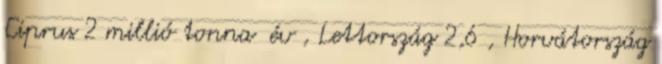
Ciprus 2 millió tonna év , Lettország 2,6 , Horvátország